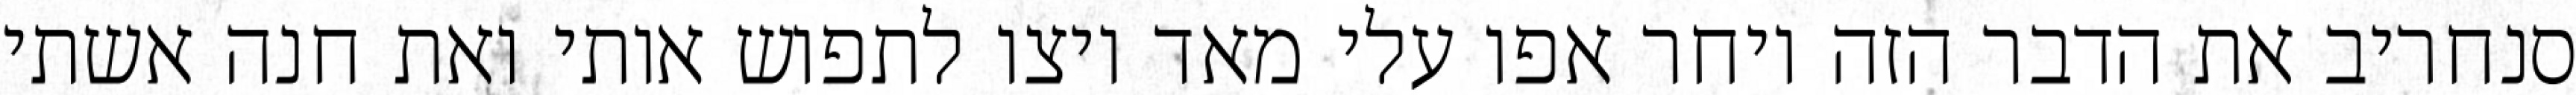
סנחריב את הדבר הזה ויחר אפו עלי מאד ויצו לתפוש אותי ואת חנה אשתי